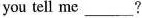
you tell me___?